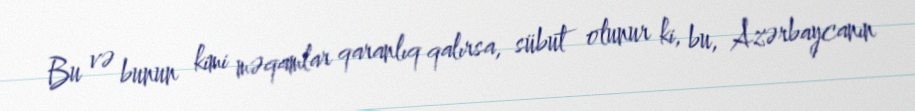
Bu və bunun kimi məqamlar qaranlıq qalırsa, sübut olunur ki, bu, Azərbaycanın